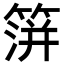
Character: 𥰅